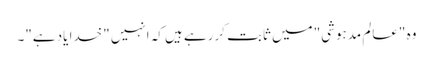
وہ "عالم مدہوشی" میں ثابت کررہے ہیں کہ انہیں "خدا یاد ہے"۔